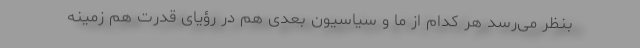
بنظر می‌رسد هر کدام از ما و سیاسیون بعدی هم در رؤیای قدرت هم زمینه